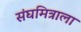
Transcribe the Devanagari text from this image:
संघमित्राला